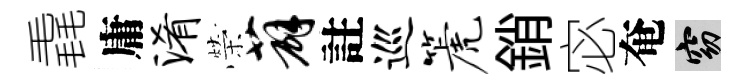
毳庸淆榮薜註巡篪銷宓奄窈